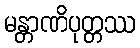
မန္တာဏိပုတ္တဿ